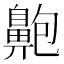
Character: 䶌